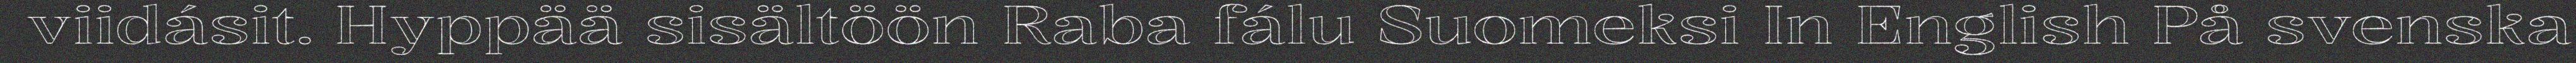
viidásit. Hyppää sisältöön Raba fálu Suomeksi In English På svenska